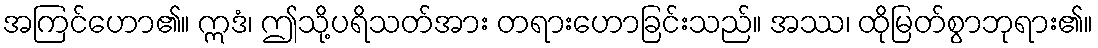
အကြင်ဟော၏။ ဣဒံ၊ ဤသို့ပရိသတ်အား တရားဟောခြင်းသည်။ အဿ၊ ထိုမြတ်စွာဘုရား၏။